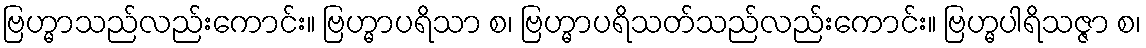
ဗြဟ္မာသည်လည်းကောင်း။ ဗြဟ္မာပရိသာ စ၊ ဗြဟ္မာပရိသတ်သည်လည်းကောင်း။ ဗြဟ္မပါရိသဇ္ဇာ စ၊